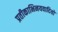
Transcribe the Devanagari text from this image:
प्रतीकाभिनयवादियों